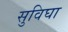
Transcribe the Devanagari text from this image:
सुविघा